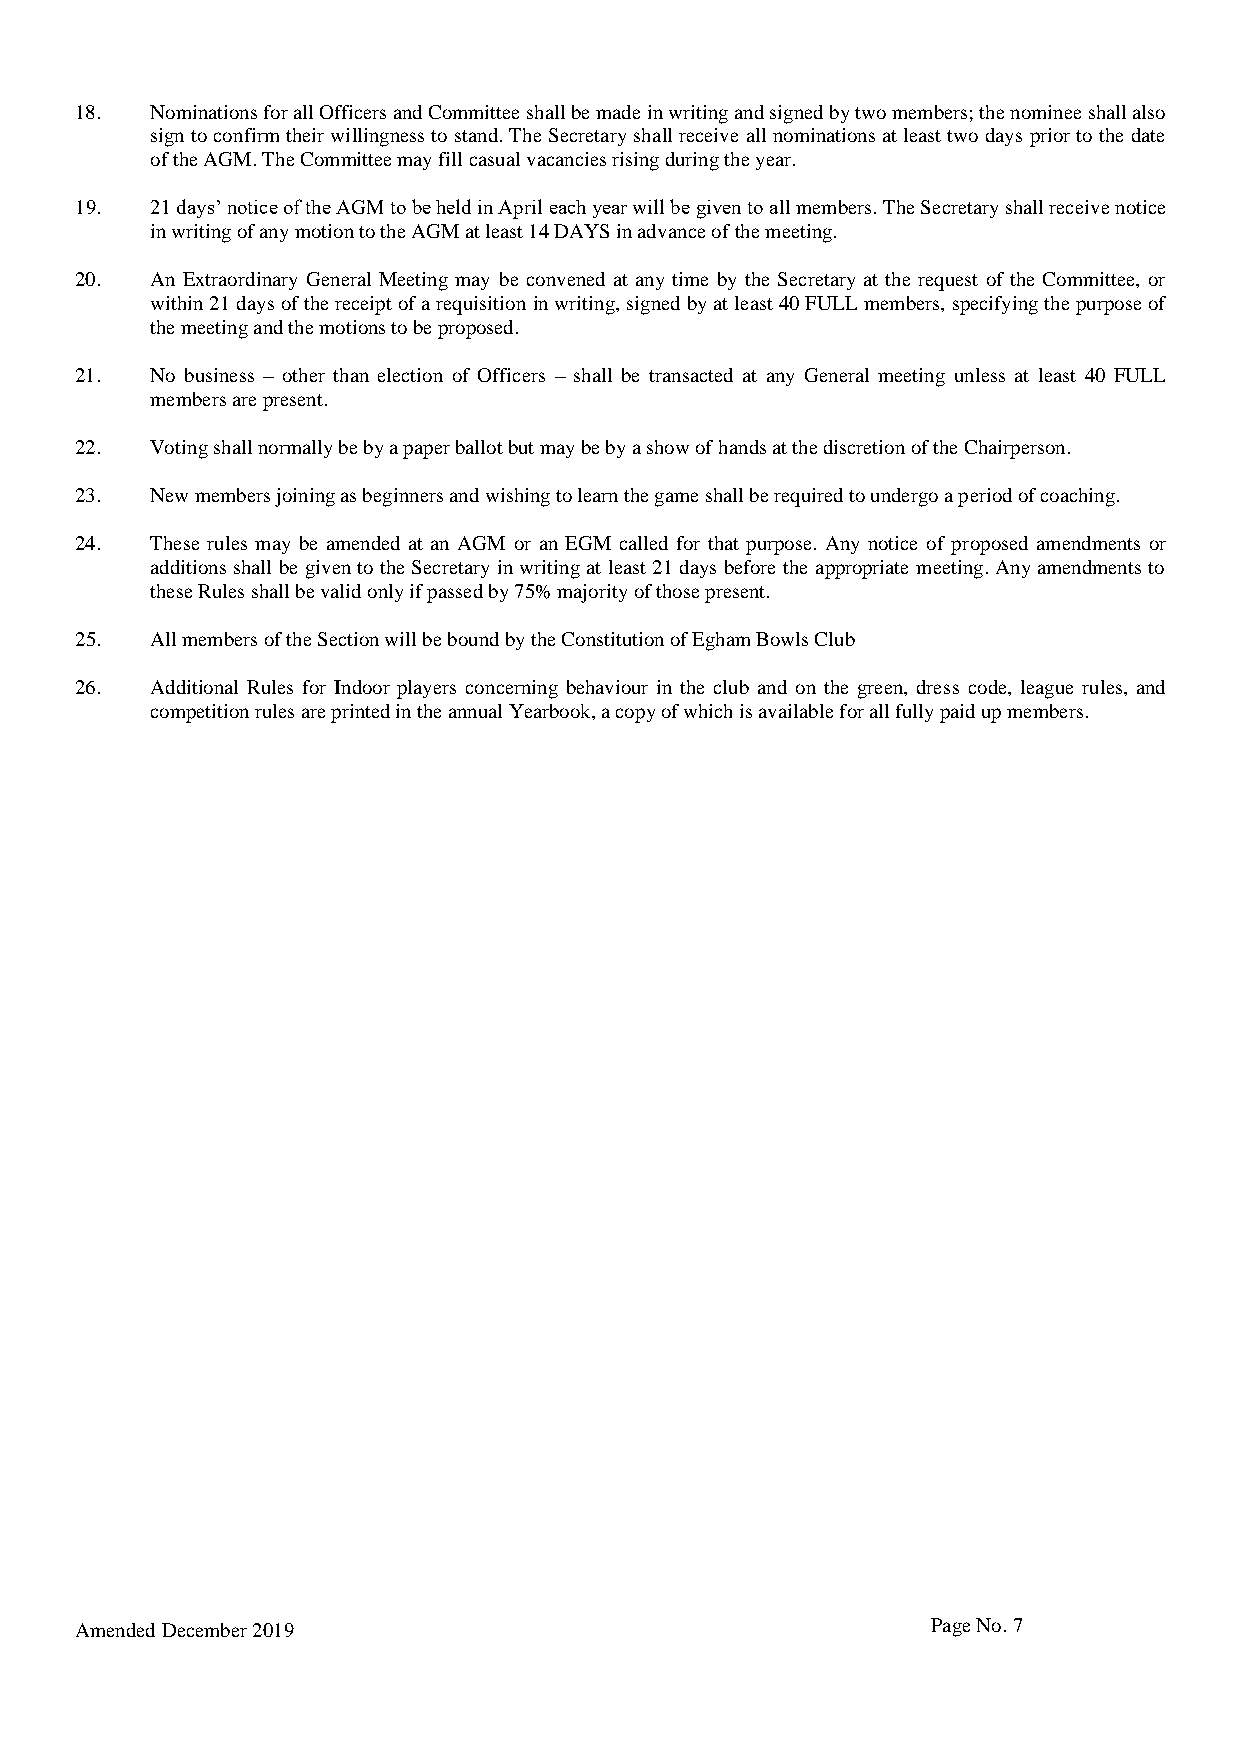
18.  Nominations for all Officers and Committee shall be made in writing and signed by two members; the nominee shall also
 sign to confirm their willingness to stand. The Secretary shall receive all nominations at least two days prior to the date
 of the AGM. The Committee may fill casual vacancies rising during the year.
 19.  21 days’ notice of the AGM to be held in April each year will be given to all members. The Secretary shall receive notice
 in writing of any motion to the AGM at least 14 DAYS in advance of the meeting.
 20.  An Extraordinary General Meeting may be convened at any time by the Secretary at the request of the Committee, or
 within 21 days of the receipt of a requisition in writing, signed by at least 40 FULL members, specifying the purpose of
 the meeting and the motions to be proposed.
 21.  No business – other than election of Officers – shall be transacted at any General meeting unless at least 40 FULL
 members are present.
 22.  Voting shall normally be by a paper ballot but may be by a show of hands at the discretion of the Chairperson.
 23.  New members joining as beginners and wishing to learn the game shall be required to undergo a period of coaching.
 24.  These rules may be amended at an AGM or an EGM called for that purpose. Any notice of proposed amendments or
 additions shall be given to the Secretary in writing at least 21 days before the appropriate meeting. Any amendments to
 these Rules shall be valid only if passed by 75% majority of those present.
 25.  All members of the Section will be bound by the Constitution of Egham Bowls Club
 26.  Additional Rules for Indoor players concerning behaviour in the club and on the green, dress code, league rules, and
 competition rules are printed in the annual Yearbook, a copy of which is available for all fully paid up members.
 Amended December 2019                                    Page No. 7